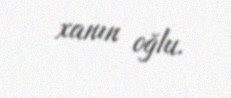
xanın oğlu.